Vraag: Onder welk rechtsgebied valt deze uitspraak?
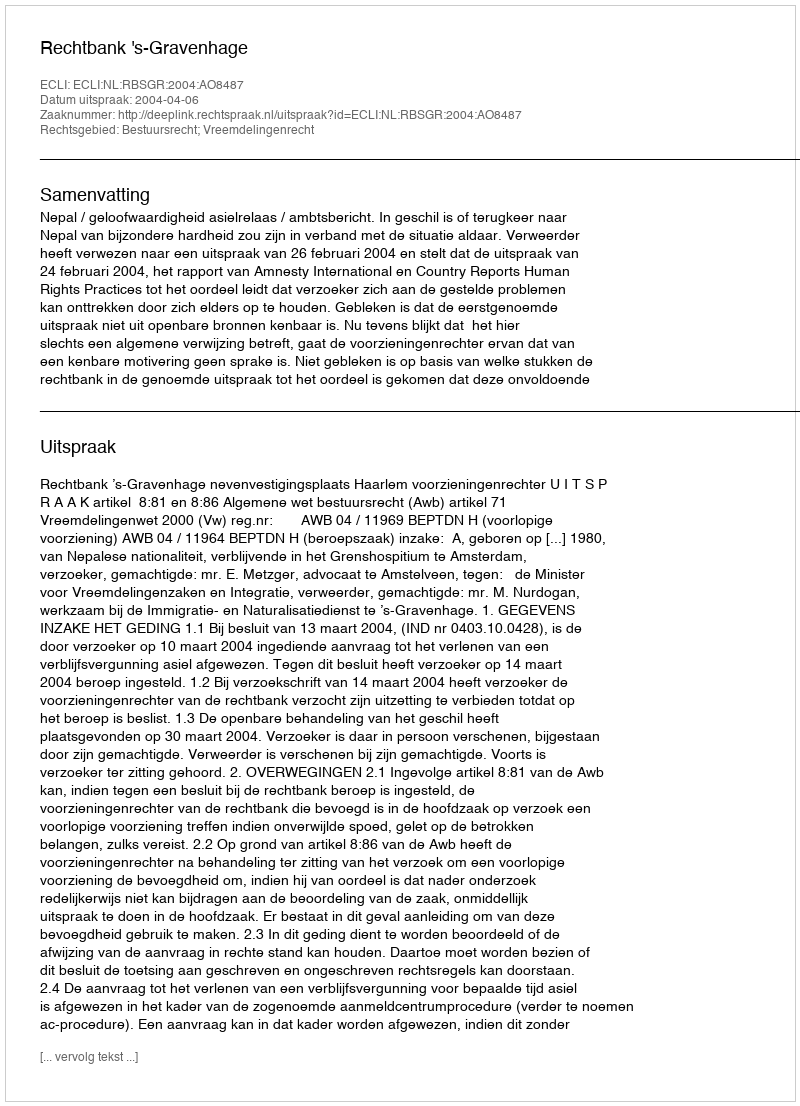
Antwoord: Bestuursrecht; Vreemdelingenrecht